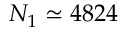
N _ { 1 } \simeq 4 8 2 4